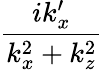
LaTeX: \frac{ik_{x}^{\prime}}{k_{x}^{2}+k_{z}^{2}}